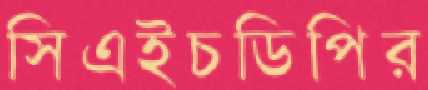
সিএইচডিপির